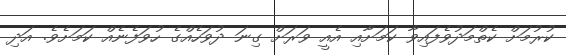
ކުރުމަށް ކެތްމަދުވެފައިވާ ކަމަށާއި އެއީ ވަރަށް ގިނަ ދުވަހެއްގެ ހުވަފެނެއް ކަމަށެވެ. އަދި